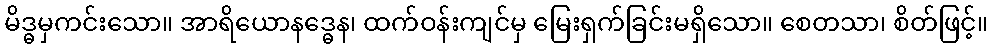
မိဒ္ဓမှကင်းသော။ အာရိယောနဒ္ဓေန၊ ထက်ဝန်းကျင်မှ မြေးရှက်ခြင်းမရှိသော။ စေတသာ၊ စိတ်ဖြင့်။